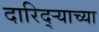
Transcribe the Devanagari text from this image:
दारिद्‌र्‍याच्या